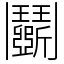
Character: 鬬